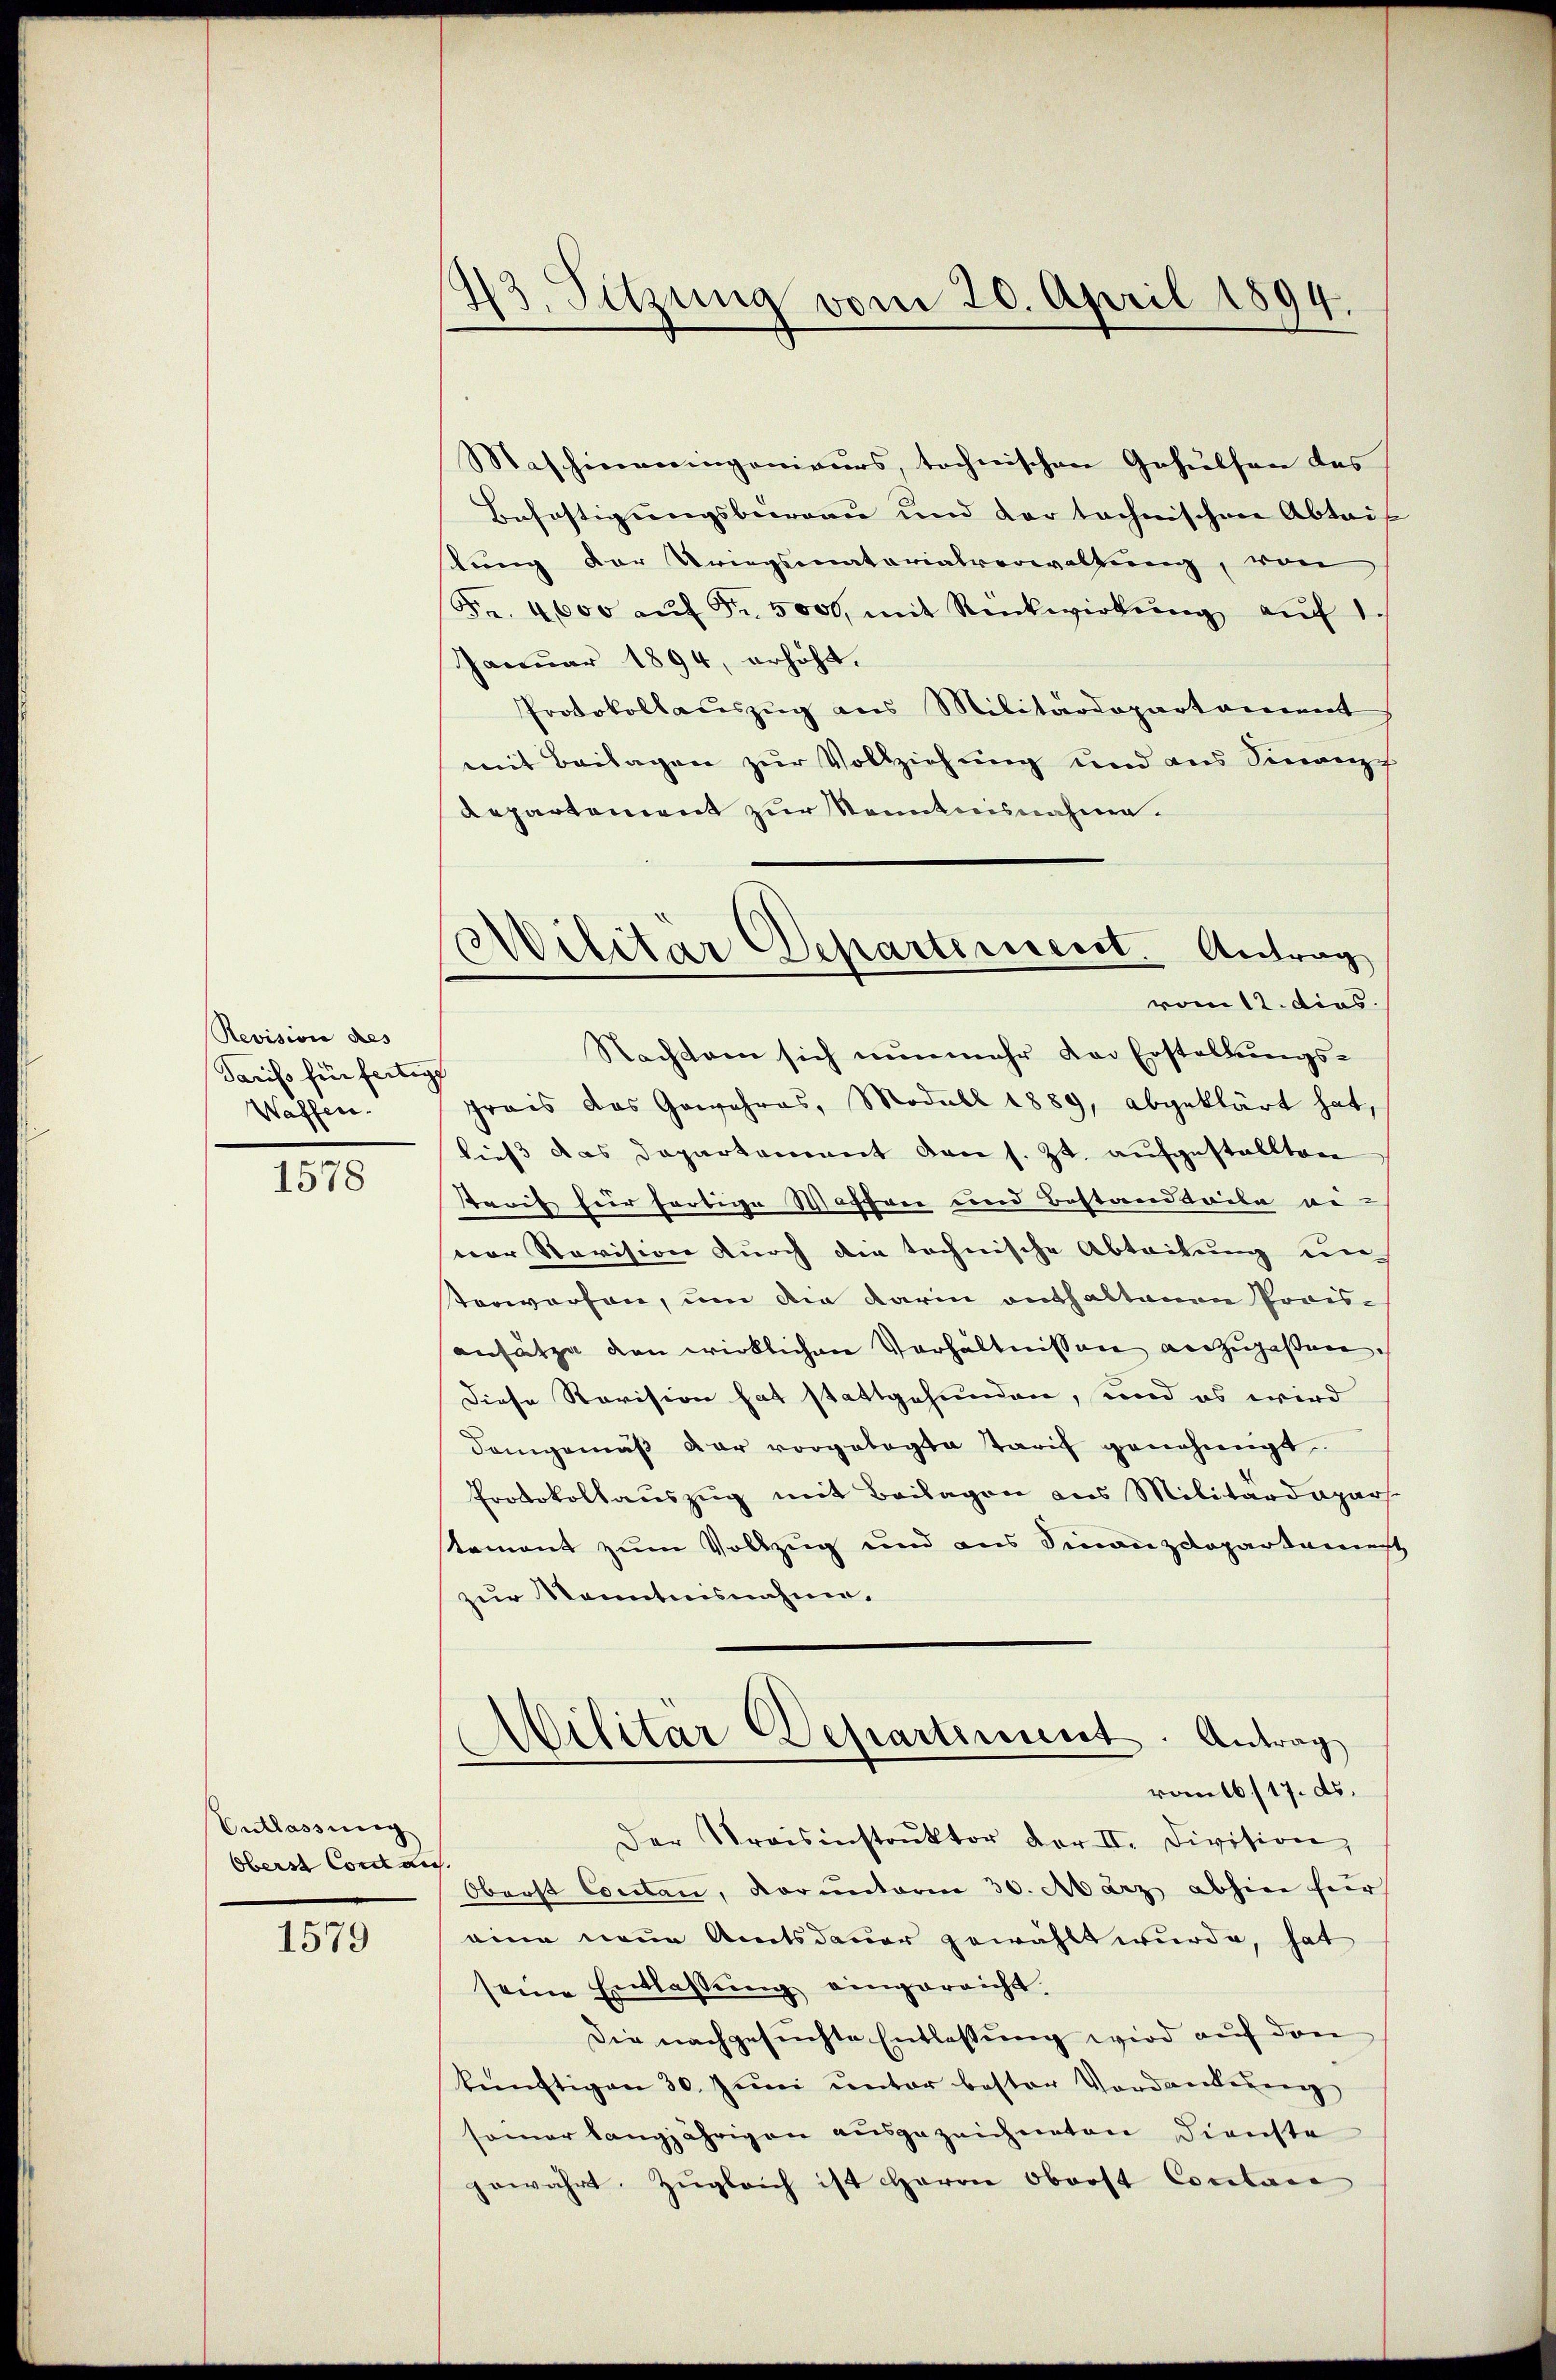
Revision des
Tarifs für fertigt
Waffen.

1578

Entlassung
Oberst Conclus

1579

43. Sitzung vom 20. April 1894.

Militär Departement. Antrag
vom 12. dies

Maschieneingenieurs, tochnischen Gehülfen des
Befestigungsbureau und der technischen Abtais
stung der Kriegsmatorialverwaltung, von
Fr. 4000 aŭf Fr. 5000, mit Rückwirkŭng aŭf 1
Januar 1894, erhöht.
Protokollauszug aus Militärdepartament
mit Beilagen zur Vollziehung und aus Sinanzc
Repartement zur Sonntennahme.
Nachtern sich nŭnmehr der Erstellŭngs-
prais das Gewahres, Modull 1889, abgeklärt hat,
ließ das Departement den s. Zt. aufgestellten
starif für fertige Wochen und Bestandteile an-
vor Revision durch die technische Abteilung un
terworfen, um die darin enthaltenen Poris-
ansätze den wirklichen Verhältnissen anzupassen.
Diese Revision hat stattgefunden, und es wird
demgemäß der vorgelegte Tarif genehmigt.
Protokollauszug mit Beilagen aus Militärdepars.
tement zum Vollzug und aus Finanzdepartamenst
zur Kenntnisnahme.
Militär Departement. Antrag
romtb. 17. ds.
Der Kraisinstrŭktor der II. Division,
Oberst Contan, voruntorin 30. März abhin für
eine neue Amtsdauer gewählt wurde, hat
seine Entlassung eingereicht.
Die nachgesuchte Entlassung wird auf den
künftigen 30. Juni ŭnter bester Vordankereng
somar langjährigen ausgezeichneten Dienste
gewährt. Zŭgleich ist Herrn Oberst Cocilace